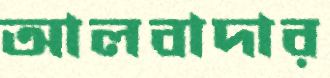
আলবাদার